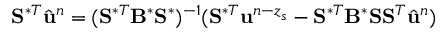
\mathbf { S } ^ { \ast T } \hat { \ensuremath { \mathbf { u } } } ^ { n } = ( \mathbf { S } ^ { \ast T } \mathbf { B } ^ { \ast } \mathbf { S } ^ { \ast } ) ^ { - 1 } ( \mathbf { S } ^ { \ast T } \ensuremath { \mathbf { u } } ^ { n - z _ { s } } - \mathbf { S } ^ { \ast T } \mathbf { B } ^ { \ast } \mathbf { S } \mathbf { S } ^ { T } \hat { \ensuremath { \mathbf { u } } } ^ { n } )